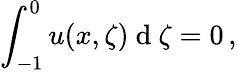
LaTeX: \int_{-1}^{0}u(x,\zeta)\mathrm{~d~}\zeta=0\, ,